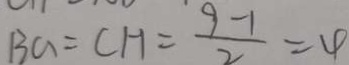
B a = C H = \frac { 9 - 1 } { 2 } = 4